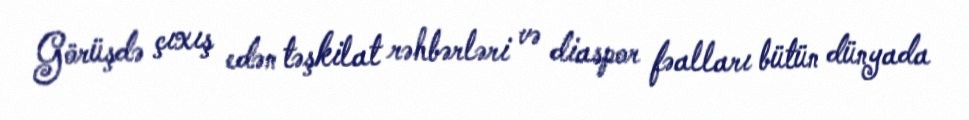
Görüşdə çıxış edən təşkilat rəhbərləri və diaspor fəalları bütün dünyada